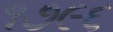
૧૭૯૬